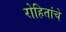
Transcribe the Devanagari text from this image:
रोहितांचे